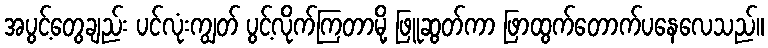
အပွင့်တွေချည်း ပင်လုံးကျွတ် ပွင့်လိုက်ကြတာမို့ ဖြူဆွတ်ကာ ဖြာထွက်တောက်ပနေလေသည်။